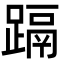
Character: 𮜁